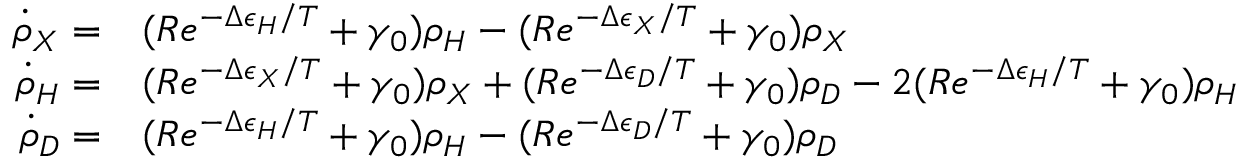
\begin{array} { r l } { \dot { \rho } _ { X } = } & { { } ( R e ^ { - \Delta \epsilon _ { H } / T } + \gamma _ { 0 } ) \rho _ { H } - ( R e ^ { - \Delta \epsilon _ { X } / T } + \gamma _ { 0 } ) \rho _ { X } } \\ { \dot { \rho } _ { H } = } & { { } ( R e ^ { - \Delta \epsilon _ { X } / T } + \gamma _ { 0 } ) \rho _ { X } + ( R e ^ { - \Delta \epsilon _ { D } / T } + \gamma _ { 0 } ) \rho _ { D } - 2 ( R e ^ { - \Delta \epsilon _ { H } / T } + \gamma _ { 0 } ) \rho _ { H } } \\ { \dot { \rho } _ { D } = } & { { } ( R e ^ { - \Delta \epsilon _ { H } / T } + \gamma _ { 0 } ) \rho _ { H } - ( R e ^ { - \Delta \epsilon _ { D } / T } + \gamma _ { 0 } ) \rho _ { D } } \end{array}